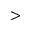
>